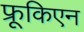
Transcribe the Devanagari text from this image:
फ्रूकिएन